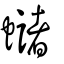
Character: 蠩